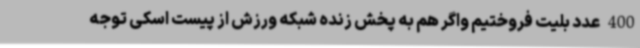
400 عدد بلیت فروختیم واگر هم به پخش زنده شبکه ورزش از پیست اسکی توجه